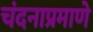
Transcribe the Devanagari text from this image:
चंदनाप्रमाणे